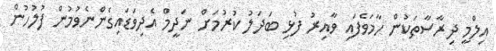
އިލްމީ ދިރާސާތަކުން ހާމަވެފައި ވާއިރު ފުޅި ބަދަލު ކުރުމަށް ނަދީމް އެދިވަޑައިގެންނެވުމުން ފުލުހުން